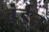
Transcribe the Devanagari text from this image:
वंईत